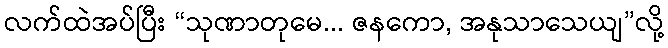
လက်ထဲအပ်ပြီး “သုဏာတုမေ... ဇနကော, အနုသာသေယျ”လို့